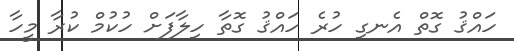
ހައްޤު ގޮތް އެނގި ހުރެ ހައްޤު ގޮތާ ހިލާފަށް ހުކުމް ކުރާ މީހާ